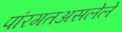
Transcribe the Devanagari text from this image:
पांरगतअसलेले